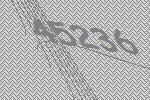
45236